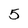
Character: 5